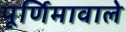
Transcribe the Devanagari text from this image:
पूर्णिमावाले